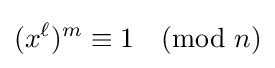
(x^{\ell })^{m}\equiv 1{\pmod {n}}